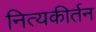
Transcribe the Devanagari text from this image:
नित्यकीर्तन